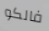
فالكو